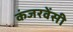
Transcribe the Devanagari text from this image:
कंजरवेंसी